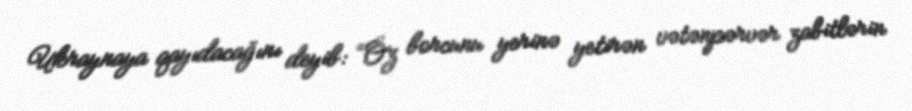
Ukraynaya qayıdacağını deyib: “Öz borcunu yerinə yetirən vətənpərvər zabitlərin